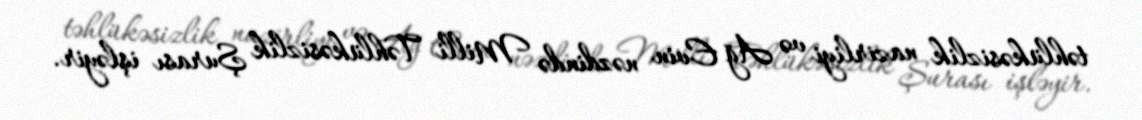
təhlükəsizlik nazirliyi və Ağ Evin nəzdində Milli Təhlükəsizlik Şurası işləyir.